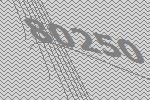
80250